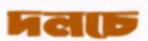
দলচে